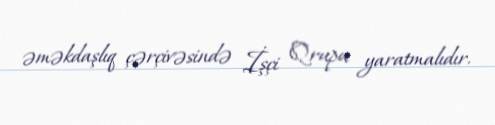
əməkdaşlıq çərçivəsində İşçi Qrupu yaratmalıdır.